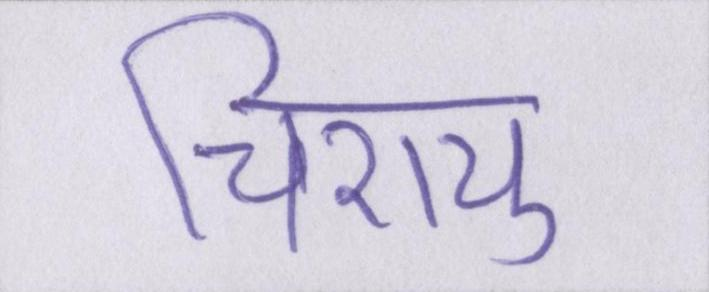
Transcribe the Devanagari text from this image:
चिरायु